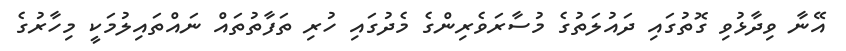
އޭނާ ވިދާޅުވި ގޮތުގައި ދައުލަތުގެ މުސާރަވެރިންގެ މެދުގައި ހުރި ތަފާތުތައް ނައްތައިލުމަކީ މިހާރުގެ